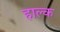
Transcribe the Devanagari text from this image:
हाल्क